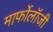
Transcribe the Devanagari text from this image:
मार्फोलॉजी